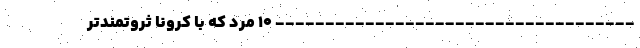
------------------------------------ ۱۰ مرد که با کرونا ثروتمندتر